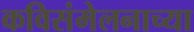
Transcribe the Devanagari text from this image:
कविसंमेलनाच्या